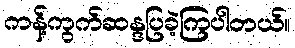
ကန့်ကွက်ဆန္ဒပြခဲ့ကြပါတယ်။